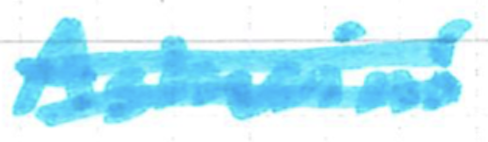
Text: Ashwini
Cross-out: double-line
Writing tool: marker